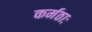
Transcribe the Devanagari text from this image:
कर्मठाः